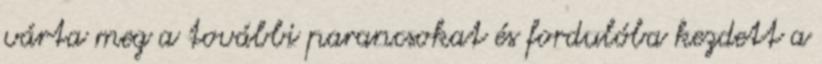
várta meg a további parancsokat és fordulóba kezdett a